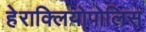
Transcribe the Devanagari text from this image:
हेराक्लियोपोलिस